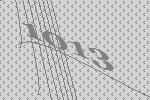
1013